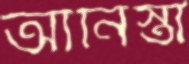
আনিস্তা